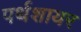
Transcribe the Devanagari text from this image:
पर्थशायर